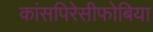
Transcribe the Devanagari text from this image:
कांसपिरेसीफोबिया